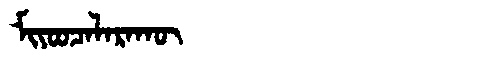
Manchu: ᠮᡳᠶᠣᠣᠴᠠᠯᠠᡵᠠᡴᡡ
Romanization: MIYOOCALARAKŪ